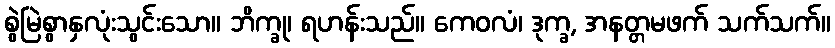
စွဲမြဲစွာနှလုံးသွင်းသော။ ဘိက္ခု၊ ရဟန်းသည်။ ကေဝလံ၊ ဒုက္ခ, အနတ္တမဖက် သက်သက်။